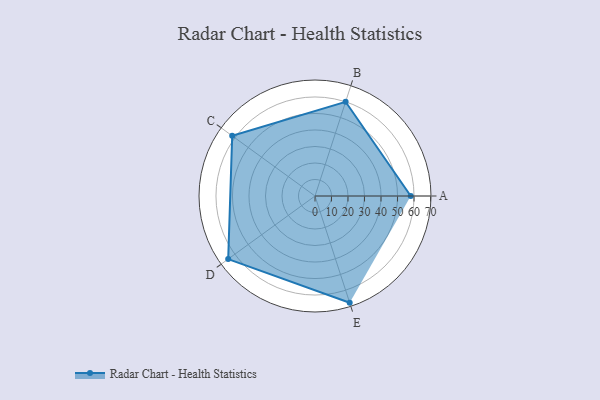
{"axis": {"x": "Skill", "y": "Score"}, "legend": ["Profile"], "data": [{"x": "A", "y": 58.0, "type": "Profile"}, {"x": "B", "y": 60.0, "type": "Profile"}, {"x": "C", "y": 62.0, "type": "Profile"}, {"x": "D", "y": 65.0, "type": "Profile"}, {"x": "E", "y": 68.0, "type": "Profile"}]}